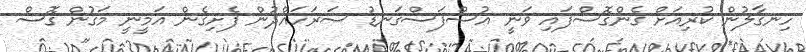
ހިނގާލުން ކުރިއަށް ގެންގޮސްފައި ވަނީ އުސްފަސްގަނޑު ސަރަހައްދުން ފެށިގެން އަމީނީ މަގުން ގޮސް